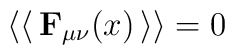
\left\langle \left< \, \mathbf{F}_{\mu \nu }(x)\, \right> \right\rangle =0